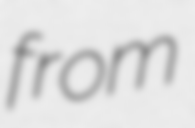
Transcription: from